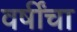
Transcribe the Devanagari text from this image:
वर्षींचा